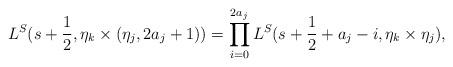
LaTeX: \begin{align*}L^S(s+\frac{1}{2},\eta_k\times (\eta_j,2a_j+1))=\prod_{i=0}^{2a_j}L^S(s+\frac{1}{2}+a_j-i,\eta_k\times\eta_j),\end{align*}